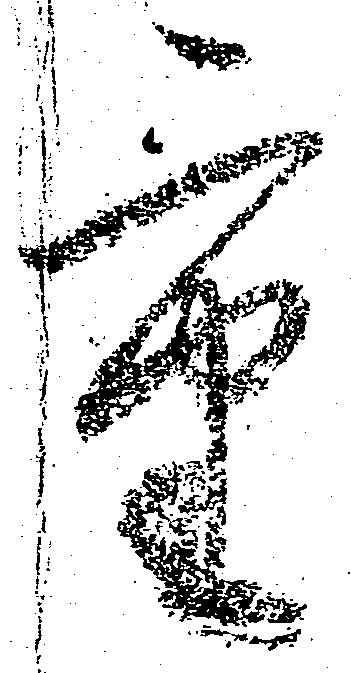
重